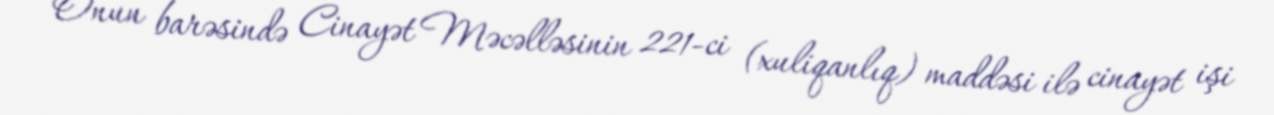
Onun barəsində Cinayət Məcəlləsinin 221-ci (xuliqanlıq) maddəsi ilə cinayət işi